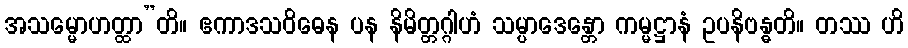
အသမ္မောဟတ္ထာ”တိ။ ဧကာဒသဝိဓေန ပန နိမိတ္တဂ္ဂါဟံ သမ္ပာဒေန္တော ကမ္မဋ္ဌာနံ ဥပနိဗန္ဓတိ။ တဿ ဟိ